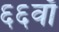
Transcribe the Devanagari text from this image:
६६वाँ